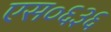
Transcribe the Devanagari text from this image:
एस०६३६